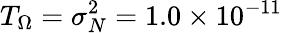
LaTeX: T_{\Omega}=\sigma_{N}^{2}=1.0\times 10^{-11}